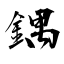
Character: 鍝